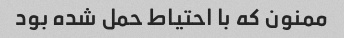
ممنون که با احتیاط حمل شده بود